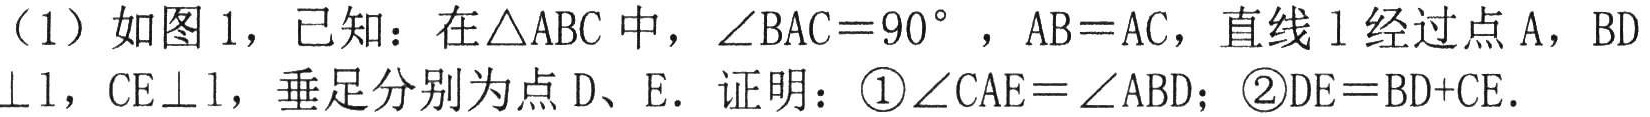
（1）如图1，已知：在\(\triangle ABC\)中，\(\angle BAC = 90^{\circ}\) ，\(AB = AC\)，直线\(l\)经过点\(A\)，\(BD\perp l\)，\(CE\perp l\)，垂足分别为点\(D\)、\(E\)．证明：\textcircled{1}\(\angle CAE=\angle ABD\)；\textcircled{2}\(DE = BD + CE\)．